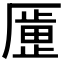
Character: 𫨞